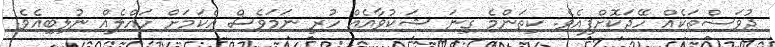
ދުވަސްތަކެއް ހޭދަކޮށްފިއެވެ. ކިތަންމެ ގިނަ ޝަކުވާއެއް ހުރި ނަމަވެސް އެކަމަށް ހައްލެއް ނުލިބިއެވެ.